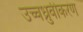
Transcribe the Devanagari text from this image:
उच्चध्रुवीकरण